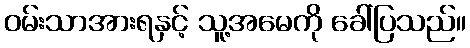
ဝမ်းသာအားရနှင့် သူ့အမေကို ခေါ်ပြသည်။